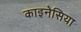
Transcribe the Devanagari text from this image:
काइनेसिया